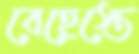
বেহেস্তে